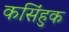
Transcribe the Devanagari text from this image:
कसिंहुक